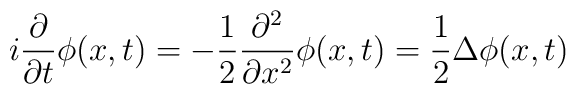
i \frac{\partial}{\partial t} \phi(x,t) 	= - \frac{1}{2} \frac{\partial^2}{\partial x^2} \phi(x,t)	= \frac{1}{2} \Delta \phi(x,t)